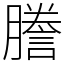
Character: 謄